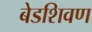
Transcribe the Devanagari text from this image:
बेडशिवण